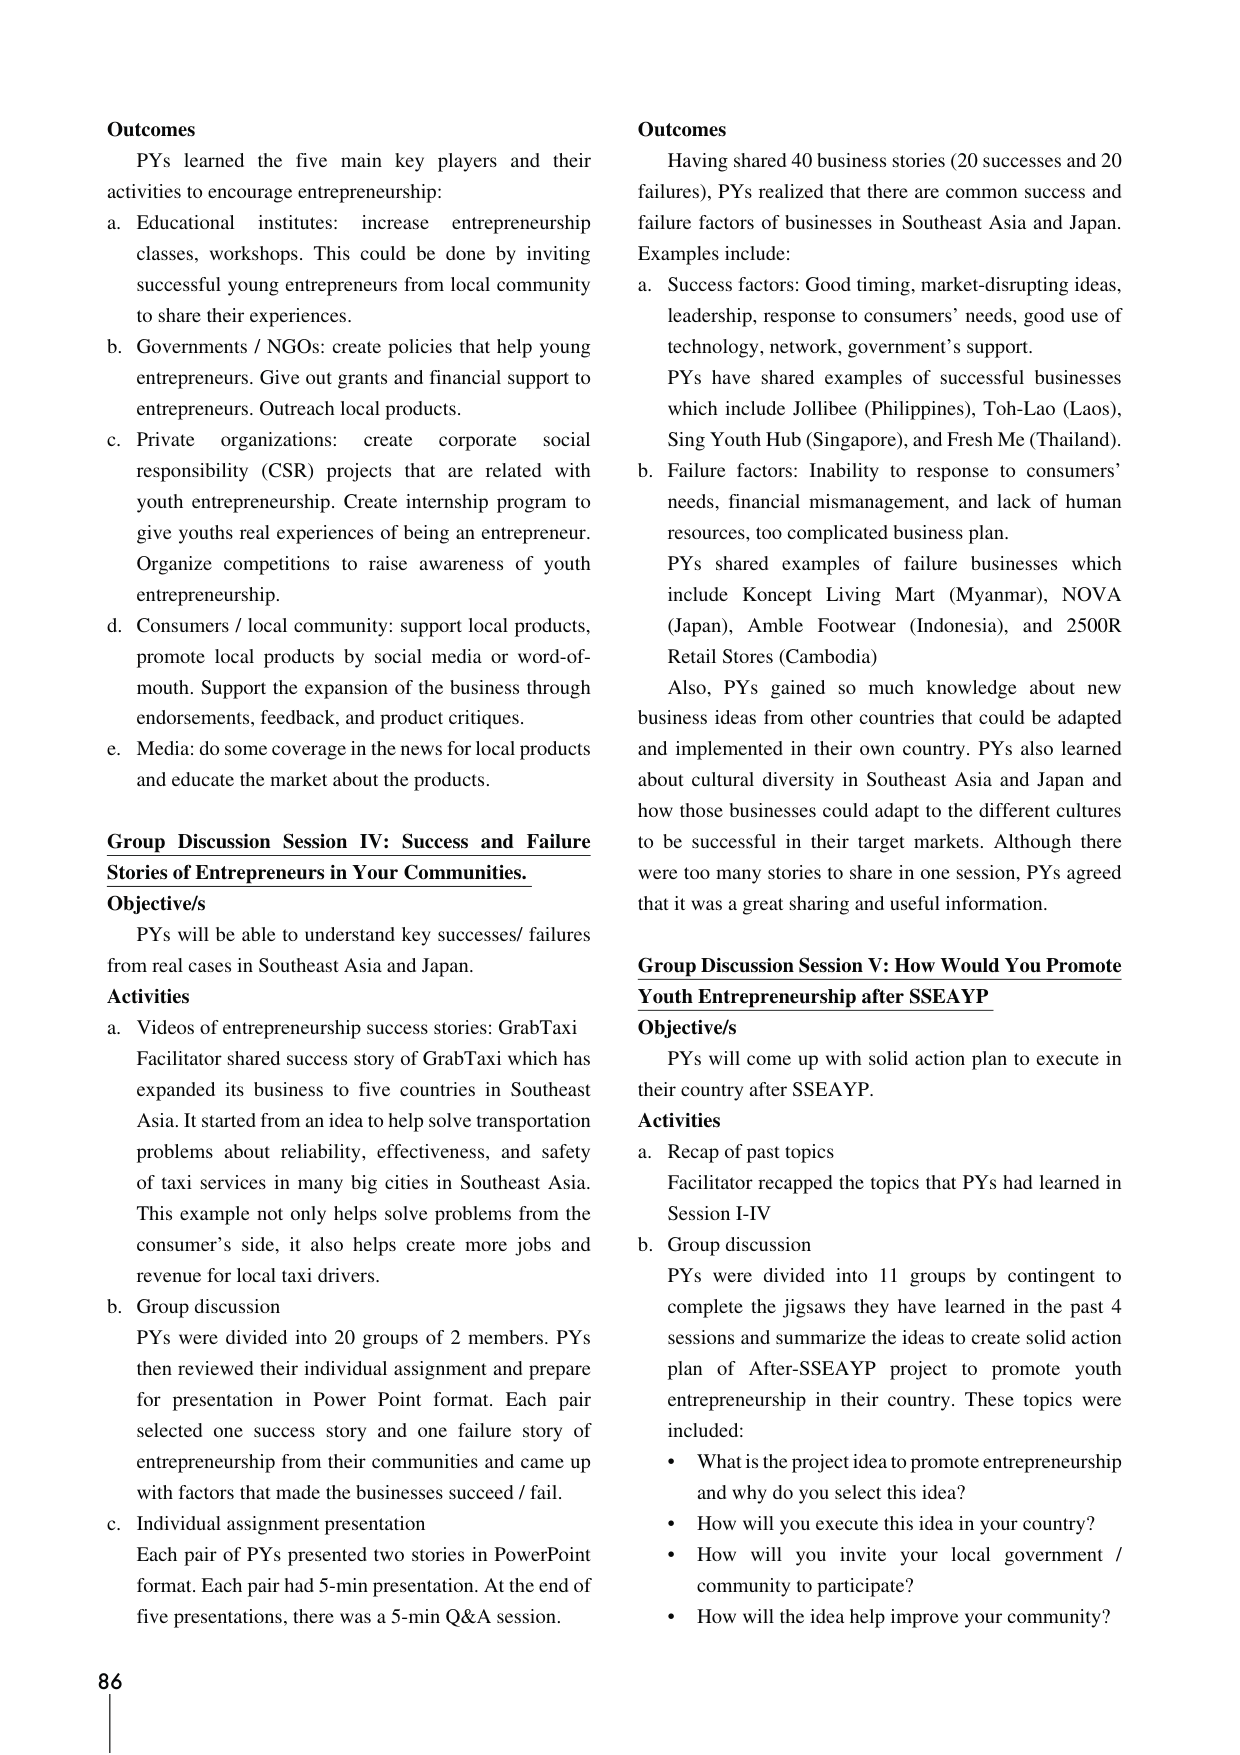
Outcomes
PYs learned the five main key players and their activities to encourage entrepreneurship:
a. Educational institutes: increase entrepreneurship classes, workshops. This could be done by inviting successful young entrepreneurs from local community to share their experiences.
b. Governments / NGOs: create policies that help young entrepreneurs. Give out grants and financial support to entrepreneurs. Outreach local products.
c. Private organizations: create corporate social responsibility (CSR) projects that are related with youth entrepreneurship. Create internship program to give youths real experiences of being an entrepreneur. Organize competitions to raise awareness of youth entrepreneurship.
d. Consumers / local community: support local products, promote local products by social media or word-of-mouth. Support the expansion of the business through endorsements, feedback, and product critiques.
e. Media: do some coverage in the news for local products and educate the market about the products.

Group Discussion Session IV: Success and Failure Stories of Entrepreneurs in Your Communities.
Objective/s
PYs will be able to understand key successes/ failures from real cases in Southeast Asia and Japan.
Activities
a. Videos of entrepreneurship success stories: GrabTaxi
Facilitator shared success story of GrabTaxi which has expanded its business to five countries in Southeast Asia. It started from an idea to help solve transportation problems about reliability, effectiveness, and safety of taxi services in many big cities in Southeast Asia. This example not only helps solve problems from the consumer’s side, it also helps create more jobs and revenue for local taxi drivers.
b. Group discussion
PYs were divided into 20 groups of 2 members. PYs then reviewed their individual assignment and prepare for presentation in Power Point format. Each pair selected one success story and one failure story of entrepreneurship from their communities and came up with factors that made the businesses succeed / fail.
c. Individual assignment presentation
Each pair of PYs presented two stories in PowerPoint format. Each pair had 5-min presentation. At the end of five presentations, there was a 5-min Q&A session.

Outcomes
Having shared 40 business stories (20 successes and 20 failures), PYs realized that there are common success and failure factors of businesses in Southeast Asia and Japan. Examples include:
a. Success factors: Good timing, market-disrupting ideas, leadership, response to consumers’ needs, good use of technology, network, government’s support.
PYs have shared examples of successful businesses which include Jollibee (Philippines), Toh-Lao (Laos), Sing Youth Hub (Singapore), and Fresh Me (Thailand).
b. Failure factors: Inability to response to consumers’ needs, financial mismanagement, and lack of human resources, too complicated business plan.
PYs shared examples of failure businesses which include Koncept Living Mart (Myanmar), NOVA (Japan), Amble Footwear (Indonesia), and 2500R Retail Stores (Cambodia)
Also, PYs gained so much knowledge about new business ideas from other countries that could be adapted and implemented in their own country. PYs also learned about cultural diversity in Southeast Asia and Japan and how those businesses could adapt to the different cultures to be successful in their target markets. Although there were too many stories to share in one session, PYs agreed that it was a great sharing and useful information.

Group Discussion Session V: How Would You Promote Youth Entrepreneurship after SSEAYP
Objective/s
PYs will come up with solid action plan to execute in their country after SSEAYP.
Activities
a. Recap of past topics
Facilitator recapped the topics that PYs had learned in Session I-IV
b. Group discussion
PYs were divided into 11 groups by contingent to complete the jigsaws they have learned in the past 4 sessions and summarize the ideas to create solid action plan of After-SSEAYP project to promote youth entrepreneurship in their country. These topics were included:
• What is the project idea to promote entrepreneurship and why do you select this idea?
• How will you execute this idea in your country?
• How will you invite your local government / community to participate?
• How will the idea help improve your community?

86